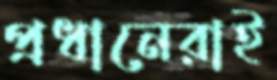
প্রধানেরাই